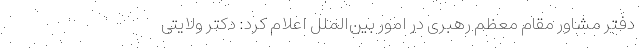
دفتر مشاور مقام معظم رهبری در امور بین‌الملل اعلام کرد: دکتر ولایتی